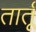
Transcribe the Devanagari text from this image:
तार्तू